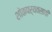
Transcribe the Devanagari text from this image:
शोकपर्यवसायी